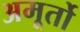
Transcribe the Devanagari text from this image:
अमूर्तो